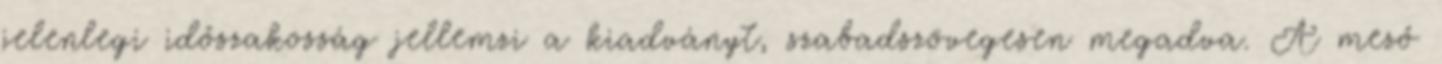
jelenlegi időszakosság jellemzi a kiadványt, szabadszövegesen megadva. A mező